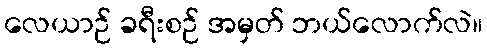
လေယာဉ် ခရီးစဉ် အမှတ် ဘယ်လောက်လဲ။